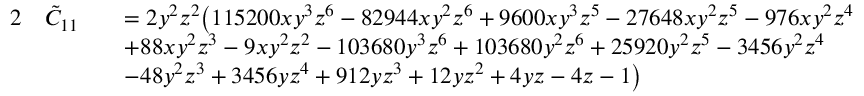
\begin{array} { r l r l } { { 2 } } & { \tilde { C } _ { 1 1 } } & & { = 2 y ^ { 2 } z ^ { 2 } \big ( 1 1 5 2 0 0 x y ^ { 3 } z ^ { 6 } - 8 2 9 4 4 x y ^ { 2 } z ^ { 6 } + 9 6 0 0 x y ^ { 3 } z ^ { 5 } - 2 7 6 4 8 x y ^ { 2 } z ^ { 5 } - 9 7 6 x y ^ { 2 } z ^ { 4 } } \\ & { } & & { + 8 8 x y ^ { 2 } z ^ { 3 } - 9 x y ^ { 2 } z ^ { 2 } - 1 0 3 6 8 0 y ^ { 3 } z ^ { 6 } + 1 0 3 6 8 0 y ^ { 2 } z ^ { 6 } + 2 5 9 2 0 y ^ { 2 } z ^ { 5 } - 3 4 5 6 y ^ { 2 } z ^ { 4 } } \\ & { } & & { - 4 8 y ^ { 2 } z ^ { 3 } + 3 4 5 6 y z ^ { 4 } + 9 1 2 y z ^ { 3 } + 1 2 y z ^ { 2 } + 4 y z - 4 z - 1 \big ) } \end{array}